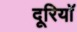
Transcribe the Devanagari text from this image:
दूरियॉ